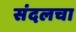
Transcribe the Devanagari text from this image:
संदलचा